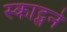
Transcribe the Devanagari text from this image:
स्काट्सने